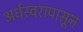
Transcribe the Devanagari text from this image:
अर्धस्वरापासून